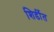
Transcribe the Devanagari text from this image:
शिर्डीत